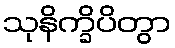
သုနိက္ခိပိတွာ